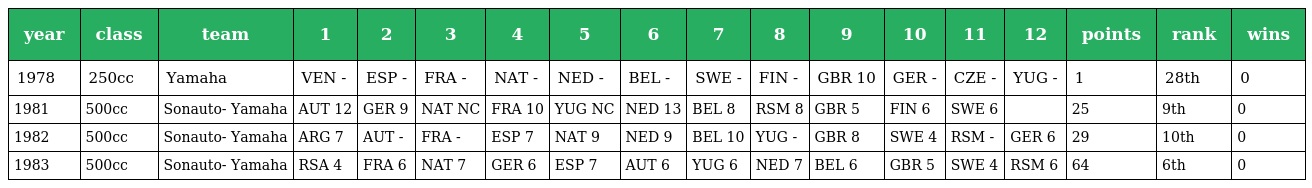
| year | class | team | 1 | 2 | 3 | 4 | 5 | 6 | 7 | 8 | 9 | 10 | 11 | 12 | points | rank | wins |
 | --- | --- | --- | --- | --- | --- | --- | --- | --- | --- | --- | --- | --- | --- | --- | --- | --- | --- |
 | 1978 | 250cc | Yamaha | VEN - | ESP - | FRA - | NAT - | NED - | BEL - | SWE - | FIN - | GBR 10 | GER - | CZE - | YUG - | 1 | 28th | 0 |
 | 1981 | 500cc | Sonauto- Yamaha | AUT 12 | GER 9 | NAT NC | FRA 10 | YUG NC | NED 13 | BEL 8 | RSM 8 | GBR 5 | FIN 6 | SWE 6 |  | 25 | 9th | 0 |
 | 1982 | 500cc | Sonauto- Yamaha | ARG 7 | AUT - | FRA - | ESP 7 | NAT 9 | NED 9 | BEL 10 | YUG - | GBR 8 | SWE 4 | RSM - | GER 6 | 29 | 10th | 0 |
 | 1983 | 500cc | Sonauto- Yamaha | RSA 4 | FRA 6 | NAT 7 | GER 6 | ESP 7 | AUT 6 | YUG 6 | NED 7 | BEL 6 | GBR 5 | SWE 4 | RSM 6 | 64 | 6th | 0 |